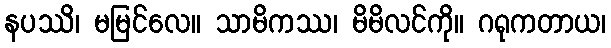
နပဿိ၊ မမြင်လေ။ သာမိကဿ၊ မိမိလင်ကို။ ဂရုကတာယ၊